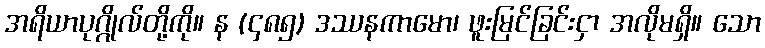
အရိယာပုဂ္ဂိုလ်တို့ကို။ န (၄၈၅) ဒဿနကာမော၊ ဖူးမြင်ခြင်းငှာ အလိုမရှိ။ သော